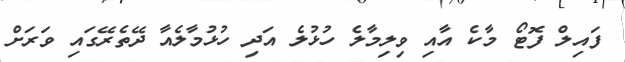
ފައިލް ފޮޓޯ މާކެ އާއި ވިލިމާލެ ހުޅުލެ އަދި ހުޅުމާލެއާ ދޭތެރޭގައި ވަރަށް